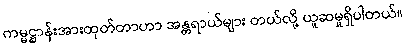
ကမ္မဋ္ဌာန်းအားထုတ်တာဟာ အန္တရာယ်များ တယ်လို့ ယူဆမှုရှိပါတယ်။